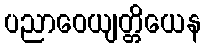
ပညာဝေယျတ္တိယေန